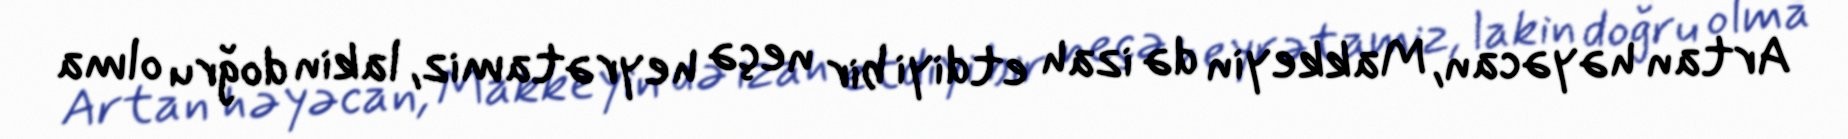
Artan həyəcan, Makkeyin də izah etdiyi bir neçə heyrətamiz, lakin doğru olma